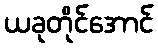
ယခုတိုင်အောင်